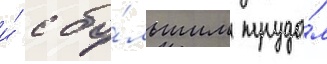
и́ с бо́льшим трудо́м